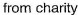
from charity